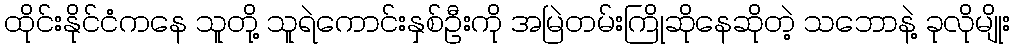
ထိုင်းနိုင်ငံကနေ သူတို့ သူရဲကောင်းနှစ်ဦးကို အမြဲတမ်းကြိုဆိုနေဆိုတဲ့ သဘောနဲ့ ခုလိုမျိုး